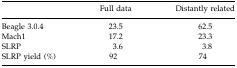
|  | Full data | Distantly related |
 | --- | --- | --- |
 | Beagle 3.0.4 | 23.5 | 62.5 |
 | Mach1 | 17.2 | 23.3 |
 | SLRP | 3.6 | 3.8 |
 | SLRP yield (%) | 92 | 74 |